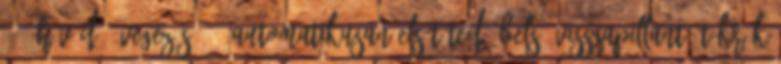
420 Hővédő üvegezés 431 Automatikusan elsötétedő belső visszapillantó tükrök